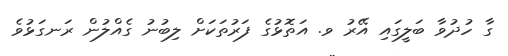
ގާ ހުދުވާ ބަލީގައި އޭރު ވ. އަތޮޅުގެ ފަރުތަކަށް ލިބުނު ގެއްލުން ރަނގަޅުވެ